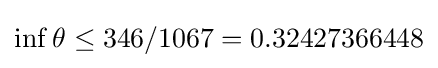
\inf \theta \leq 346/1067=0.32427366448